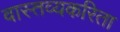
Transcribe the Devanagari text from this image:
वास्तव्यकरिता